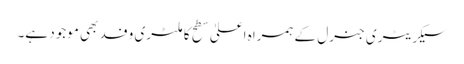
سیکریٹری جنرل کے ہمراہ اعلیٰ سطح کا ملٹری وفد بھی موجود ہے۔